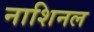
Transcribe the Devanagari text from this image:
नाशिनल